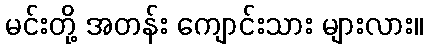
မင်းတို့ အတန်း ကျောင်းသား များလား။